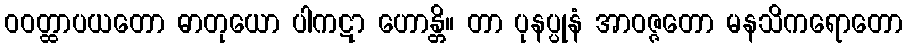
ဝဝတ္ထာပယတော ဓာတုယော ပါကဋာ ဟောန္တိ။ တာ ပုနပ္ပုနံ အာဝဇ္ဇတော မနသိကရောတော